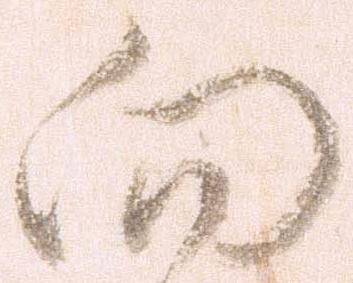
向